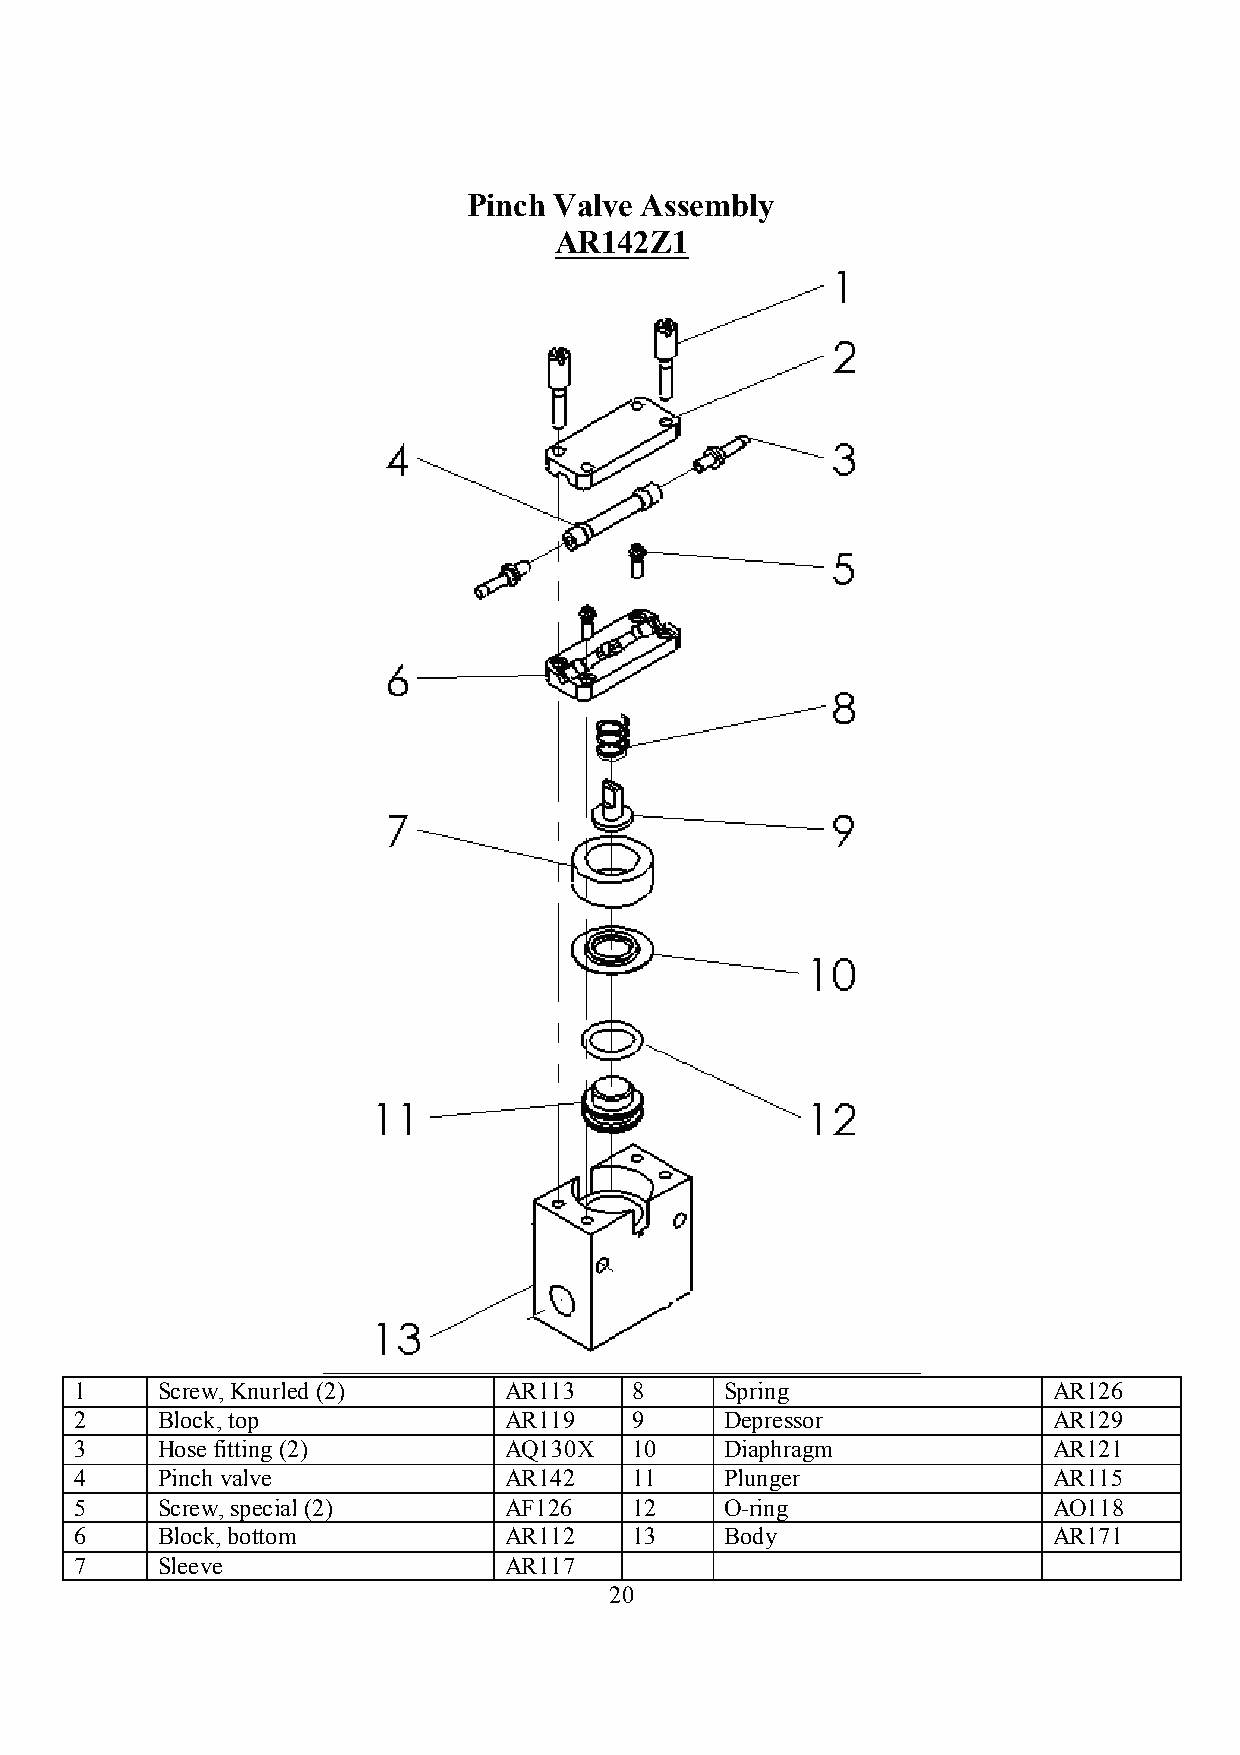
Pinch Valve Assembly
 AR142Z1
 1    Screw, Knurled (2)     AR113    8     Spring                AR126
 2    Block, top             AR119    9     Depressor             AR129
 3    Hose fitting (2)       AQ130X   10    Diaphragm             AR121
 4    Pinch valve            AR142    11    Plunger               AR115
 5    Screw, special (2)     AF126    12    O-ring                AO118
 6    Block, bottom          AR112    13    Body                  AR171
 7    Sleeve                 AR117
 20